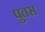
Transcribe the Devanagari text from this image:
पुतस